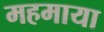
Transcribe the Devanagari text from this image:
महमाया